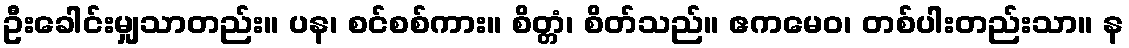
ဦးခေါင်းမျှသာတည်း။ ပန၊ စင်စစ်ကား။ စိတ္တံ၊ စိတ်သည်။ ဧကမေဝ၊ တစ်ပါးတည်းသာ။ န